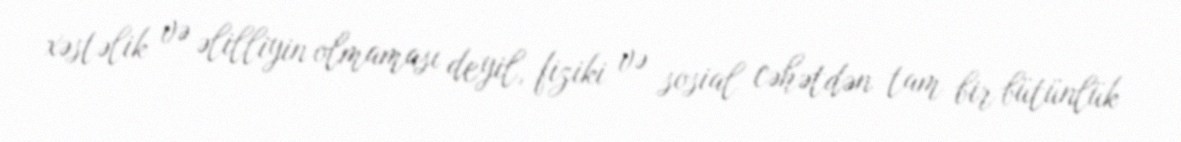
xəstəlik və əlilliyin olmaması deyil, fiziki və sosial cəhətdən tam bir bütünlük